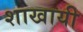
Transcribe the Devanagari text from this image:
शाखायी